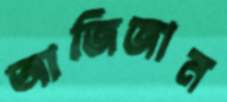
আজিজান